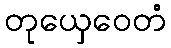
တုယှေဝေတံ